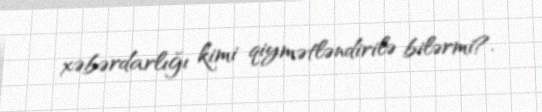
xəbərdarlığı kimi qiymətləndirilə bilərmi?.